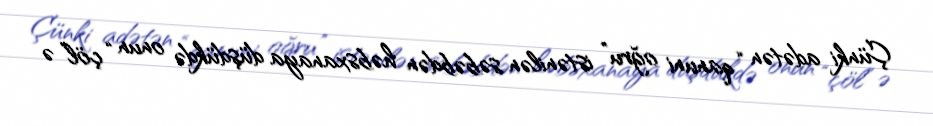
Çünki adətən “qanuni oğru” istənilən səbəbdən həbsxanaya düşdükdə onun “çöl” ə